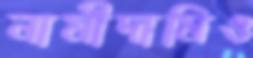
নামীদামিও